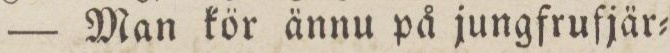
— Man kör ännu på jungfrufjär=